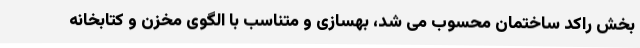
بخش راکد ساختمان محسوب می شد، بهسازی و متناسب با الگوی مخزن و کتابخانه